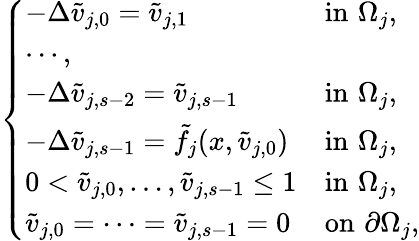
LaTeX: \left\{ \begin{array}{ll}{-\Delta\tilde{v}_{j,0}=\tilde{v}_{j,1}\ \ \ \ \ \ \ \ \ \ }&{\mathrm{in}\, \, \Omega_{j},}\\ {\cdots,}\\ {-\Delta\tilde{v}_{j,s-2}=\tilde{v}_{j,s-1}}&{\mathrm{in}\, \, \Omega_{j},}\\ {-\Delta\tilde{v}_{j,s-1}=\tilde{f}_{j}(x,\tilde{v}_{j,0})}&{\mathrm{in}\, \, \Omega_{j},}\\ {0<\tilde{v}_{j,0},\ldots,\tilde{v}_{j,s-1}\leq 1}&{\mathrm{in}\, \, \Omega_{j},}\\ {\tilde{v}_{j,0}=\cdots=\tilde{v}_{j,s-1}=0}&{\mathrm{on}\, \, \partial\Omega_{j},}\end{array}\right.